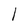
Character: l